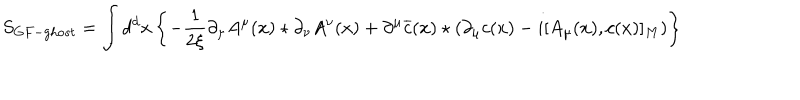
LaTeX: S _ { G F - g h o s t } = \int d ^ { d } x \left\{ - \frac { 1 } { 2 \xi } \partial _ { \mu } A ^ { \mu } ( x ) \star \partial _ { \nu } A ^ { \nu } ( x ) + \partial ^ { \mu } \overline { { { c } } } ( x ) \star \left( \partial _ { \mu } c ( x ) - i [ A _ { \mu } ( x ) , c ( x ) ] _ { M } \right) \right\}